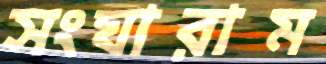
সংঘারাম